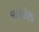
વાસોણા